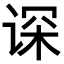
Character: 𬤂